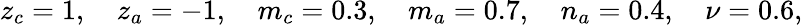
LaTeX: z_{c}=1,\quad z_{a}=-1,\quad m_{c}=0.3,\quad m_{a}=0.7,\quad n_{a}=0.4,\quad\nu=0.6,